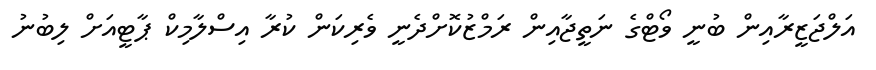
އަލްޖަޒީރާއިން ބުނީ ވޯޓްގެ ނަތީޖާއިން ރަމްޒުކޮށްދެނީ ވެރިކަން ކުރާ އިސްލާމިކް ޕާޓީއަށް ލިބުނު